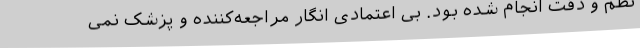
نظم و دقت انجام شده بود. بی اعتمادی انگار مراجعه‌کننده و پزشک نمی